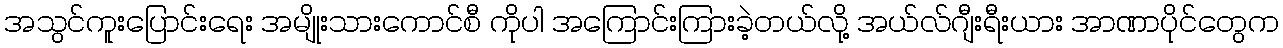
အသွင်ကူးပြောင်းရေး အမျိုးသားကောင်စီ ကိုပါ အကြောင်းကြားခဲ့တယ်လို့ အယ်လ်ဂျီးရီးယား အာဏာပိုင်တွေက